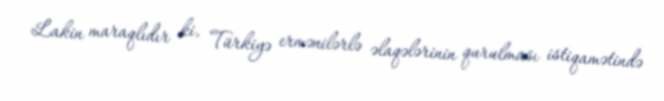
Lakin maraqlıdır ki, Türkiyə ermənilərlə əlaqələrinin qurulması istiqamətində